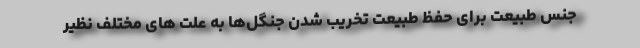
جنس طبیعت برای حفظ طبیعت تخریب شدن جنگل‌ها به علت های مختلف نظیر